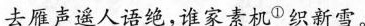
去雁声遥人语绝，谁家素机^{①}织新雪。